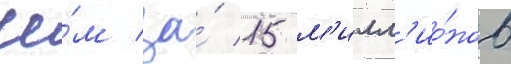
че́м за́ 15 м'илл'ио́нов